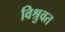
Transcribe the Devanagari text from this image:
विश्रुवत